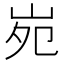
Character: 𡶟